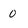
Character: 0